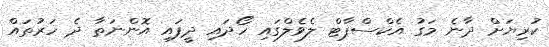
ކުރިޔަށް ދާނެ މަގު އެކްސްޕާޓް ލެވެލްގައި ހޯދައި ދީފައި އޮންނަތާ ދެ ހަރުތައް